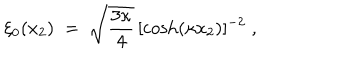
\xi _ { 0 } ( x _ { 2 } ) \; = \; \sqrt { \frac { 3 \kappa } { 4 } } \, [ \cosh ( \kappa x _ { 2 } ) ] ^ { - 2 } \; ,